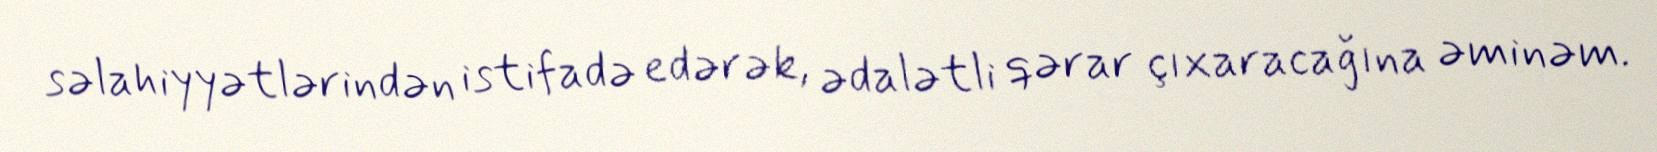
səlahiyyətlərindən istifadə edərək, ədalətli qərar çıxaracağına əminəm.